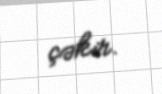
çəkir.